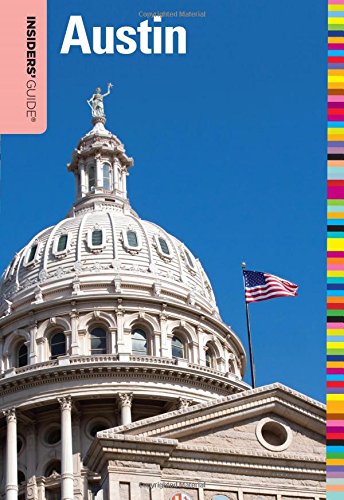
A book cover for Insiders' GuideÂ® to Austin (Insiders' Guide Series); Hilary Hylton; Travel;